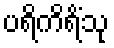
ပရိကိရိံသု